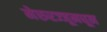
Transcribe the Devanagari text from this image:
मेरुरज्जूमधून